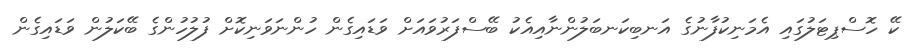
ކޭ ހޮސްޕިޓަލުގައި އެމަނިކުފާނުގެ އަނބިކަނބަލުންނާއިއެކު ބޭސްފަރުވައަށް ވަޑައިގެން ހުންނަވަނިކޮށް ފުލުހުންގެ ބޭކަލުން ވަޑައިގެން